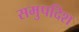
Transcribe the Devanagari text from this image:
समुपदिश